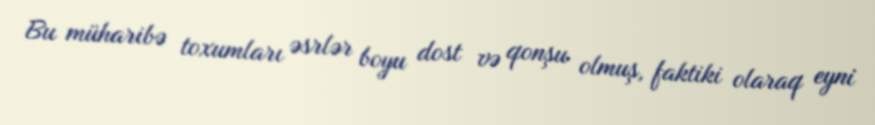
Bu müharibə toxumları əsrlər boyu dost və qonşu olmuş, faktiki olaraq eyni